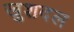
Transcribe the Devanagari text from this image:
खुशदल